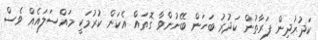
ކަދުރުދިން ފަރާތުން ކަދުރު ބަހަން ބޭނުންވާ ގޮތައް އެކަން ކުރުމަކީ މައްސަލައެއް ވެސް